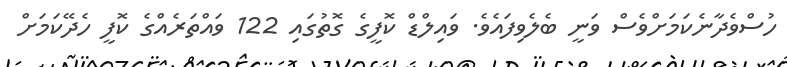
ހުސްވެދާނެކަމަށްވެސް ވަނީ ބެލެވިފައެވެ. ވައިލްޑް ކޮފީގެ ގޮތުގައި 122 ވައްތަރެއްގެ ކޮފީ ހެދޭކަމަށް